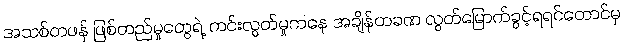
အသစ်တဖန် ဖြစ်တည်မှုတွေရဲ့ ကင်းလွတ်မှုကနေ အချိန်တခဏ လွတ်မြောက်ခွင့်ရရင်တောင်မှ